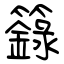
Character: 籙